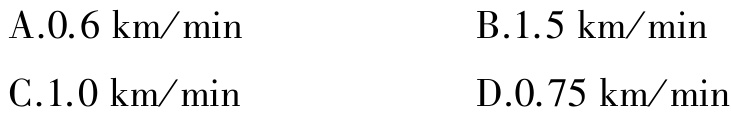
A.$0.6\ \text{km/min}$  B.$1.5\ \text{km/min}$
C.$1.0\ \text{km/min}$  D.$0.75\ \text{km/min}$